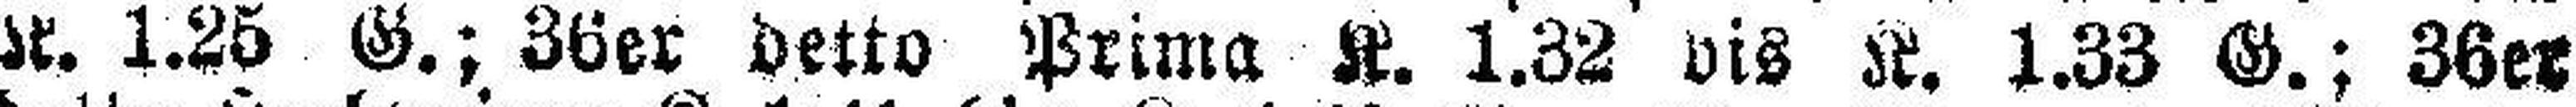
K. 1.25 G.; 36er detto Prima K. 1.32 bis K. 1.33 G.; 36er